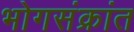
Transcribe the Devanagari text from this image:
भोगसंक्रांत